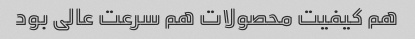
هم کیفیت محصولات هم سرعت عالی بود